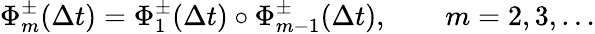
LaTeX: \Phi_{m}^{\pm}(\Delta t)=\Phi_{1}^{\pm}(\Delta t)\circ\Phi_{m-1}^{\pm}(\Delta t),\qquad m=2,3,\dots